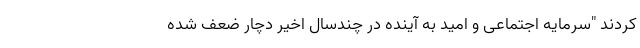
کردند "سرمایه اجتماعی و امید به آینده در چندسال اخیر دچار ضعف شده